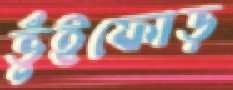
ভুঁইফোড়